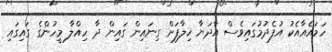
ހަމައެއާއެކު އުފެދުމުގައިވެސް އާދަޔާ ޚިލާފަށް ގިނައިން ގައިން ދާ ހިއްލާ މީހުންގެ ގައިގައި